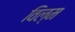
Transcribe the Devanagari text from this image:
विल्म